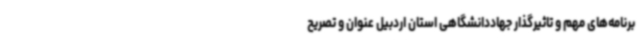
برنامه‌های مهم و تاثیرگذار جهاددانشگاهی استان اردبیل عنوان و تصریح